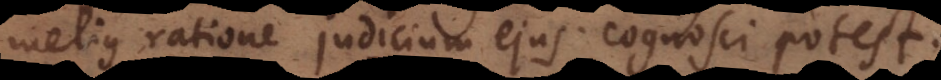
melius ratione judicium ejus cognosci potest.